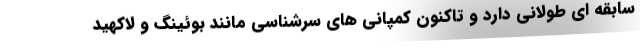
سابقه ای طولانی دارد و تاکنون کمپانی های سرشناسی مانند بوئینگ و لاکهید